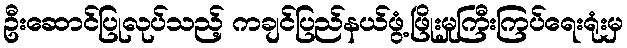
ဦးဆောင်ပြုလုပ်သည့် ကချင်ပြည်နယ်ဖွံ့ဖြိုးမှုကြီးကြပ်ရေးရုံးမှ